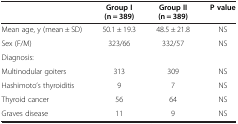
<table><thead><tr><td><b> </b></td><td><b>Group I (n = 389)</b></td><td><b>Group II (n = 389)</b></td><td><b>P value</b></td></tr></thead><tbody><tr><td>Mean age, y (mean ± SD)</td><td>50.1 ± 19.3</td><td>48.5 ± 21.8</td><td>NS</td></tr><tr><td>Sex (F/M)</td><td>323/66</td><td>332/57</td><td>NS</td></tr><tr><td>Diagnosis:</td><td> </td><td> </td><td> </td></tr><tr><td>Multinodular goiters</td><td>313</td><td>309</td><td>NS</td></tr><tr><td>Hashimoto’s thyroiditis</td><td>9</td><td>7</td><td>NS</td></tr><tr><td>Thyroid cancer</td><td>56</td><td>64</td><td>NS</td></tr><tr><td>Graves disease</td><td>11</td><td>9</td><td>NS</td></tr></tbody></table>